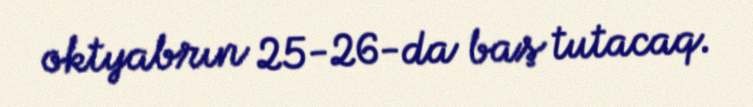
oktyabrın 25-26-da baş tutacaq.